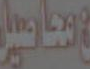
محاصيل